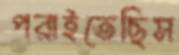
পরাইতেছিস